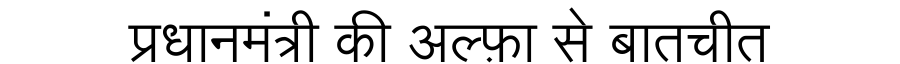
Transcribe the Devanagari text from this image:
प्रधानमंत्री की अल्फ़ा से बातचीत